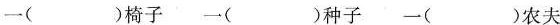
一( )椅子 一( )种子 一( )农夫